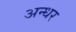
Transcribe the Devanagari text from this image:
अन्धर